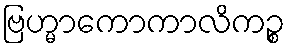
ဗြဟ္မာကောကာလိကဉ္စ